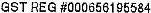
GST REG #000656195584